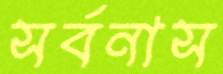
সর্বনাস